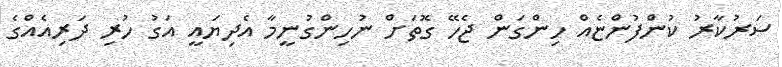
ސަރުކާރު ކުންފުންޏެއް ހިންގަން ޖެހޭ ގޮތަށް ނުހިންގުނީމާ އެދިޔައީ އަގު ހުރި ދަރިއެއްގެ